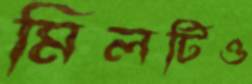
মিলটিও